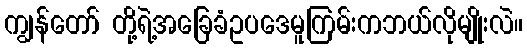
ကျွန်တော် တို့ရဲ့အခြေခံဥပဒေမူကြမ်းကဘယ်လိုမျိုးလဲ။